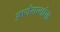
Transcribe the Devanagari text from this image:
आर्यसत्यांचा